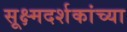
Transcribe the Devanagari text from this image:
सूक्ष्मदर्शकांच्या